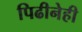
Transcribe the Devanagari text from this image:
पिढीनेही